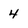
Character: 4